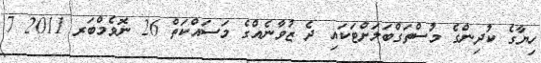
ހިޔާގެ ކުދިންގެ މުސްތަގްބަލަށްޓަކައި ދެ ޒުވާނެއްގެ މަސައްކަތް 26 ނޮވެމްބަރ 2011 7